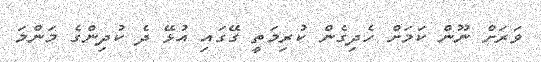
ވަރަށް ނޫން ކަމަށް ހެދިގެން ކުރިމަތީ ގޭގައި އުޅޭ ދެ ކުދިންގެ މަންމަ